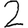
Digit: 2